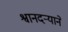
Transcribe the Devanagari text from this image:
श्वानदर्‍याने